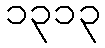
၁၃၁၃